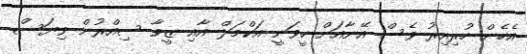
އެހެން ހުރިއިރު ވެސް އޭނާއަށް ހީވަނީ އަކްމަލް އާއި ޒީވާ ސިއްރުން ވިޔަސް